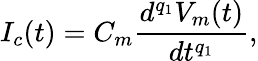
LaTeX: I_{c}(t)=C_{m}\frac{d^{q_{1}}V_{m}(t)}{dt^{q_{1}}},